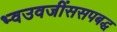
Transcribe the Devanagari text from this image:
भ्वउवजींससपबद्ध